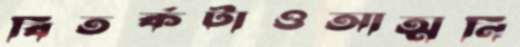
বিতর্কটাওআত্মনি